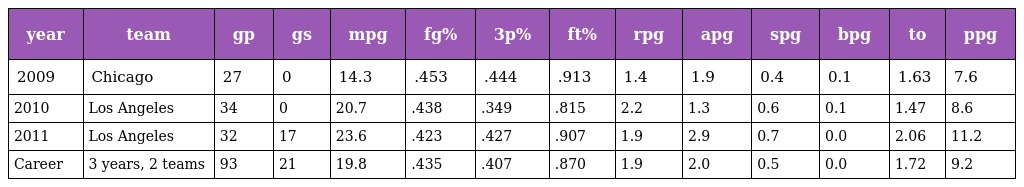
| year | team | gp | gs | mpg | fg% | 3p% | ft% | rpg | apg | spg | bpg | to | ppg |
 | --- | --- | --- | --- | --- | --- | --- | --- | --- | --- | --- | --- | --- | --- |
 | 2009 | Chicago | 27 | 0 | 14.3 | .453 | .444 | .913 | 1.4 | 1.9 | 0.4 | 0.1 | 1.63 | 7.6 |
 | 2010 | Los Angeles | 34 | 0 | 20.7 | .438 | .349 | .815 | 2.2 | 1.3 | 0.6 | 0.1 | 1.47 | 8.6 |
 | 2011 | Los Angeles | 32 | 17 | 23.6 | .423 | .427 | .907 | 1.9 | 2.9 | 0.7 | 0.0 | 2.06 | 11.2 |
 | Career | 3 years, 2 teams | 93 | 21 | 19.8 | .435 | .407 | .870 | 1.9 | 2.0 | 0.5 | 0.0 | 1.72 | 9.2 |